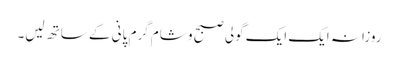
روزانہ ایک ایک گولی صبح و شام گرم پانی کے ساتھ لیں۔